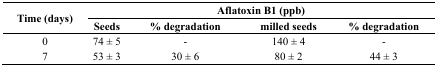
<table><thead><tr><td rowspan="2"><b>Time (days)</b></td><td colspan="4"><b>Aflatoxin B1 (ppb)</b></td></tr><tr><td><b>Seeds</b></td><td><b>% degradation</b></td><td><b>milled seeds</b></td><td><b>% degradation</b></td></tr></thead><tbody><tr><td>0</td><td>74 ± 5</td><td>-</td><td>140 ± 4</td><td>-</td></tr><tr><td>7</td><td>53 ± 3</td><td>30 ± 6</td><td>80 ± 2</td><td>44 ± 3</td></tr></tbody></table>